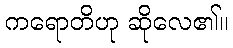
ကရောတိဟု ဆိုလေ၏။